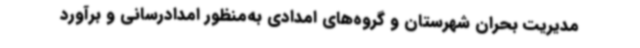
مدیریت بحران شهرستان و گروه‌های امدادی به‌منظور امدادرسانی و برآورد